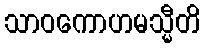
သာဝကောဟမသ္မီတိ